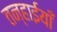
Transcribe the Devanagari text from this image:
तन्हाईयाँ